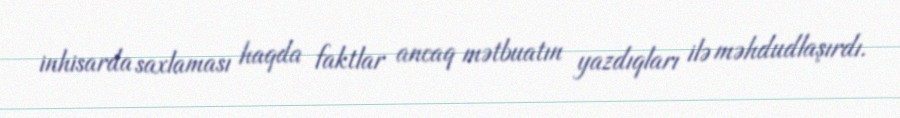
inhisarda saxlaması haqda faktlar ancaq mətbuatın yazdıqları ilə məhdudlaşırdı.